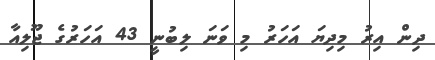
ދިން އިރު މިދިޔަ އަހަރު މި ވަނަ ލިބުނީ 43 އަހަރުގެ ޖޫލިއާ